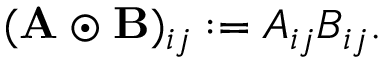
( \mathbf { A } \odot \mathbf { B } ) _ { i j } : = A _ { i j } B _ { i j } .